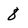
Character: 8